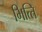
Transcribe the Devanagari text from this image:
भित्‍ति